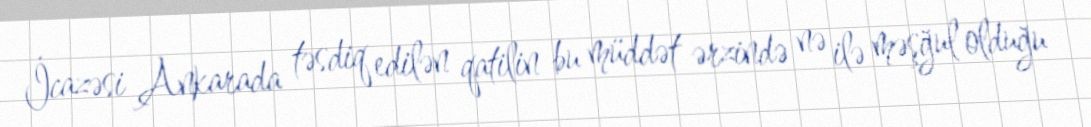
İcazəsi Ankarada təsdiq edilən qatilin bu müddət ərzində nə ilə məşğul olduğu